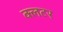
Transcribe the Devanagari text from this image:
क्लटर